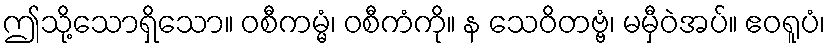
ဤသို့သောရှိသော။ ဝစီကမ္မံ၊ ဝစီကံကို။ န သေဝိတဗ္ဗံ၊ မမှီဝဲအပ်။ ဧဝရူပံ၊